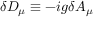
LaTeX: \delta D _ { \mu } \equiv - i g \delta A _ { \mu }